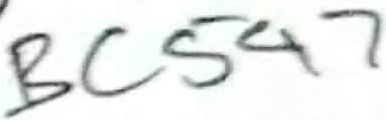
Text: BC547